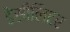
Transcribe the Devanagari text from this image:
डेसीलिटर